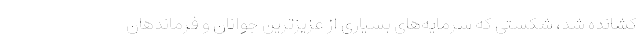
کشانده شد، شکستی که سرمایه‌های بسیاری از عزیزترین جوانان و فرماندهان